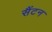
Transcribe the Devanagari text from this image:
सैंटन